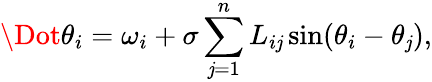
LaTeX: \Dot{\theta_{i}}=\omega_{i}+\sigma\sum_{\mathit{j}=1}^{n}L_{i\mathit{j}}\sin(\theta_{i}-\theta_{\mathit{j}}),